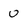
Character: 0